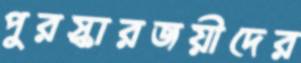
পুরস্কারজয়ীদের